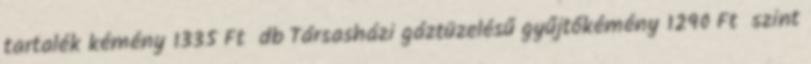
tartalék kémény 1335 Ft db Társasházi gáztüzelésű gyűjtőkémény 1290 Ft szint